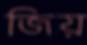
জিয়